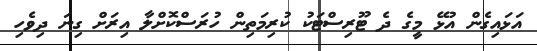
އަޅައިގެން އުޅޭ މީގެ ދެ ޓޫރިސްޓަކު ކުރިމަތިން ހުރަސްކޮށްލާ އިރަށް ގިނަ ދިވެހި